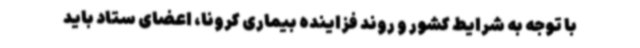
با توجه به شرایط کشور و روند فزاینده بیماری کرونا، اعضای ستاد باید